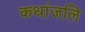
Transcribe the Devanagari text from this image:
कथांजलि